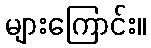
များကြောင်း။